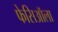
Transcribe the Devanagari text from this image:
फेसिऑला